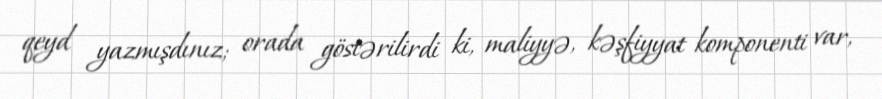
qeyd yazmışdınız; orada göstərilirdi ki, maliyyə, kəşfiyyat komponenti var,